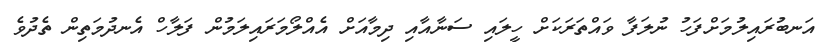
އަނބުރައިލުމަށްފަހު ނުލަފާ ވައްތަރަކަށް ހީލައި ސަނާއާއި ދިމާއަށް އެއްލޯމަރައިލަމުން ފަލާހް އެނދުމަތިން ތެދުވެ